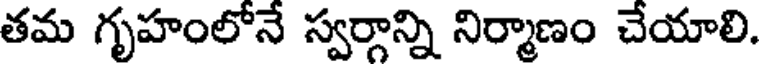
తమ గృహంలోనే స్వర్గాన్ని నిర్మాణం చేయాలి.